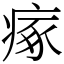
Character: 瘃